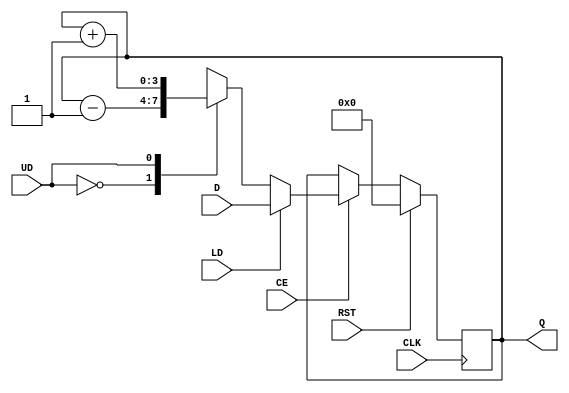
`timescale 1ns / 1ps
//////////////////////////////////////////////////////////////////////////////////
// Company: 
// Engineer: 
// 
// Design Name: 
// Module Name: UpDownCounter
// Project Name: 
// Target Devices: 
// Tool Versions: 
// Description: 
// 
// Dependencies: 
// 
// Revision:
// Revision 0.01 - File Created
// Additional Comments:
// 
//////////////////////////////////////////////////////////////////////////////////

module UD_CNT_P (D, LD, UD, CE, CLK, RST, Q);

parameter Data_width = 4; // data size
parameter UP = 1, DOWN = 0;

input LD, UD, CE, CLK, RST;
input [Data_width-1:0] D;
output reg [Data_width-1:0] Q;

always @(posedge CLK)
begin
    if (RST)
    Q = 0;
    else if (CE)
        begin
        if (LD)
        Q = D;
        else
            begin
            case(UD)
                DOWN: Q = Q - 1;
                UP: Q = Q + 1;
            endcase
            end
        end
    else
        Q = Q;
end

endmodule